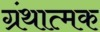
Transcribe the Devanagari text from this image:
ग्रंथात्मक